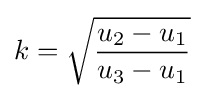
k={\sqrt {\frac {u_{2}-u_{1}}{u_{3}-u_{1}}}}